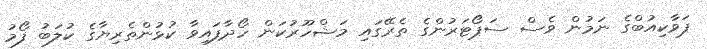
ޕަވާކިއުބްގެ ނަމުން ވެސް ސަޕޯޓަރުންގެ ތެރޭގައި މަޝްހޫރުކަން ހޯދާފައިވާ ކުޅުންތެރިޔާގެ ކުލަބު ފޯމު